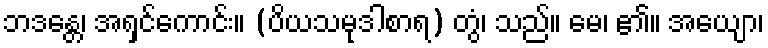
ဘဒန္တေ၊ အရှင်ကောင်း။ (ပိယသမုဒါစာရ) တွံ၊ သည်။ မေ၊ ၏။ အယျော၊